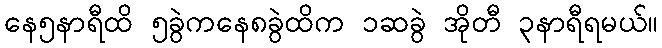
နေ၅နာရီထိ ၅ခွဲကနေ၈ခွဲထိက ၁ဆခွဲ အိုတီ ၃နာရီရမယ်။